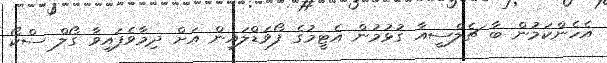
އެހެންކަމުން ބާ ޗެލްސީއާ ގުޅުމުން އެޓީމުގެ ފޯވަޑްލައިން އަށް ދިމާވެފައިވާ ގޯލް ސްކޯ